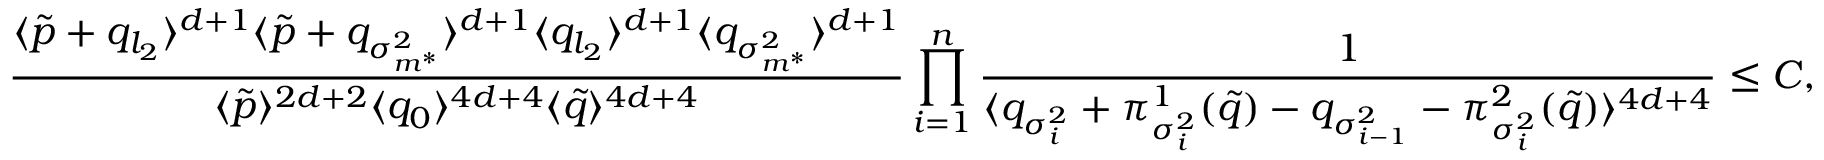
\frac { \langle \tilde { p } + q _ { l _ { 2 } } \rangle ^ { d + 1 } \langle \tilde { p } + q _ { \sigma _ { m ^ { * } } ^ { 2 } } \rangle ^ { d + 1 } \langle q _ { l _ { 2 } } \rangle ^ { d + 1 } \langle q _ { \sigma _ { m ^ { * } } ^ { 2 } } \rangle ^ { d + 1 } } { \langle \tilde { p } \rangle ^ { 2 d + 2 } \langle q _ { 0 } \rangle ^ { 4 d + 4 } \langle \tilde { q } \rangle ^ { 4 d + 4 } } \prod _ { i = 1 } ^ { n } \frac { 1 } { \langle q _ { \sigma _ { i } ^ { 2 } } + \pi _ { \sigma _ { i } ^ { 2 } } ^ { 1 } ( \tilde { q } ) - q _ { \sigma _ { i - 1 } ^ { 2 } } - \pi _ { \sigma _ { i } ^ { 2 } } ^ { 2 } ( \tilde { q } ) \rangle ^ { 4 d + 4 } } \leq C ,